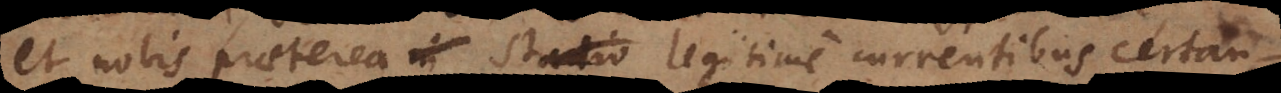
et nobis praeterea in stadio legitime currentibus certan